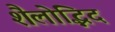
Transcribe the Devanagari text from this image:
शैलोद्भिद